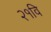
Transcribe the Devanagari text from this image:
२१वि